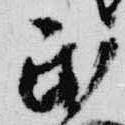
民